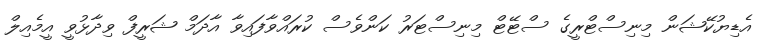
އެޑިޔުކޭޝަން މިނިސްޓްރީގެ ސްޓޭޓް މިނިސްޓަރު ކަންވެސް ކުރައްވާފައިވާ އާދަމް ޝަރީފް ވިދާޅުވީ އީމެއިލް